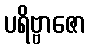
ပရိဗ္ဗာဇော